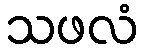
သဖလံ